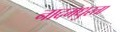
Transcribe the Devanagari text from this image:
नादमधुरता